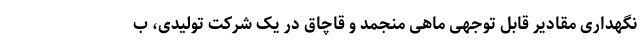
نگهداری مقادیر قابل توجهی ماهی منجمد و قاچاق در یک شرکت تولیدی، ب